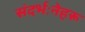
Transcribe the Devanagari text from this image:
संदर्भःनेहरू